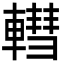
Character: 轊